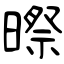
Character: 暩